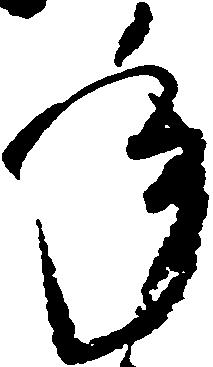
年